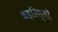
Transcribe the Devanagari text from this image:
बहरिस्ताँ